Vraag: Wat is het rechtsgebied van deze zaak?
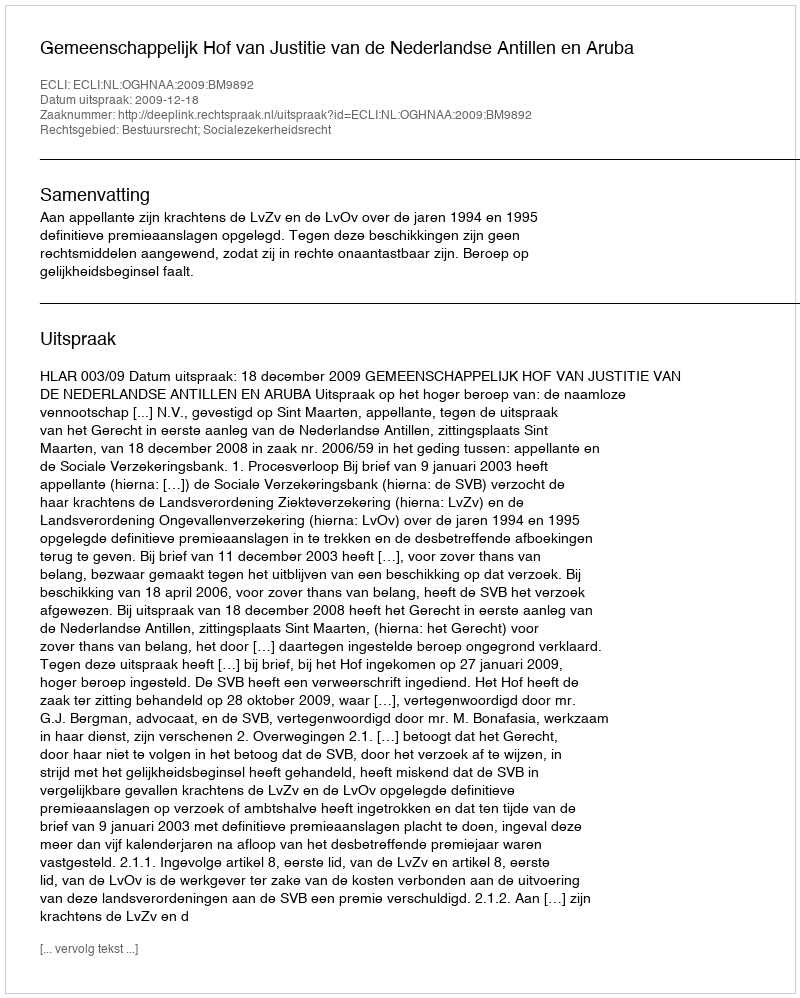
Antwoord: Bestuursrecht; Socialezekerheidsrecht